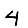
Digit: 4